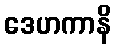
ဒေဟကာနိ